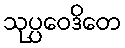
သုပ္ပဝေဒိတေ